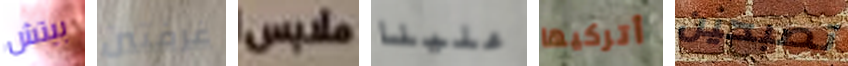
بيتش غرفتين ملابس علينا أتركيها تصبحين